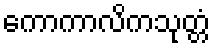
ကောကာလိကသုတ္တံ